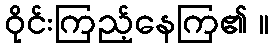
ဝိုင်းကြည့်နေကြ၏ ။